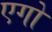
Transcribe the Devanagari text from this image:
एगो